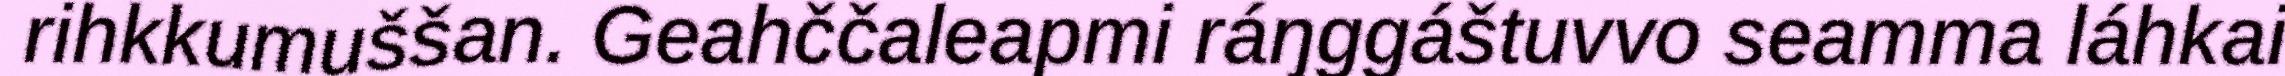
rihkkumuššan. Geahččaleapmi ráŋggáštuvvo seamma láhkai